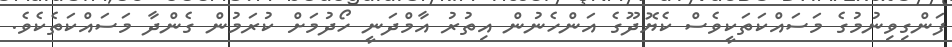
ފަންގިވިނުމުގެ މަސައްކަތަކީވެސް ކެޔޮދޫގެ އަންހެނުން އިތުރު އާމްދަނީ ހޯދުމަށް ކުރަމުން ގެންދާ މަސައްކަތެކެވެ.